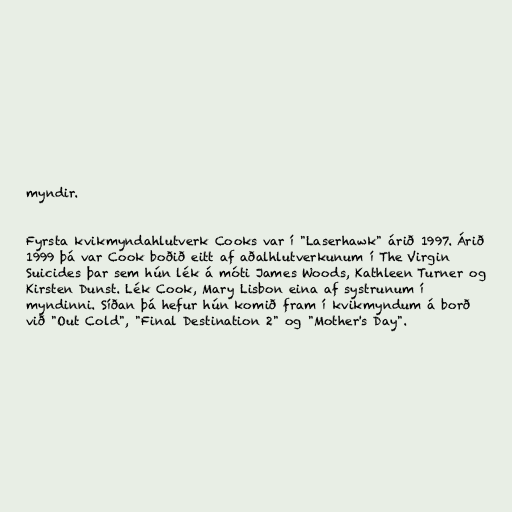
myndir.

Fyrsta kvikmyndahlutverk Cooks var í "Laserhawk" árið 1997. Árið
1999 þá var Cook boðið eitt af aðalhlutverkunum í The Virgin
Suicides þar sem hún lék á móti James Woods, Kathleen Turner og
Kirsten Dunst. Lék Cook, Mary Lisbon eina af systrunum í
myndinni. Síðan þá hefur hún komið fram í kvikmyndum á borð
við "Out Cold", "Final Destination 2" og "Mother's Day".